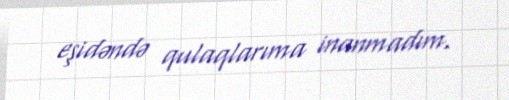
eşidəndə qulaqlarıma inanmadım.